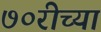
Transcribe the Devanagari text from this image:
७०रीच्या